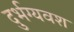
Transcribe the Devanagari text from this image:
दुर्भग्यवश